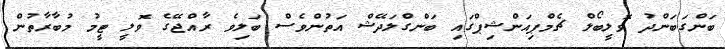
ބަންގަބަންދު ވޮލީބޯލް ޗެމްޕިއަންޝިޕްގައި ބަންގްލަދޭޝް އަތުންވެސް ބަލިވެ ރާއްޖޭގެ ވޮލީ ޓީމު މުބާރާތުން